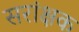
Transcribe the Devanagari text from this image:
सरांक्षक